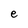
Character: e